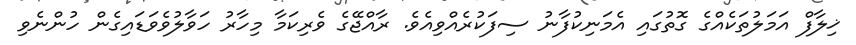
ޚިލާފް އަމަލުތަކެއްގެ ގޮތުގައި އެމަނިކުފާނު ސިފަކުރެއްވިއެވެ. ރާއްޖޭގެ ވެރިކަމާ މިހާރު ހަވާލުވެވަޑައިގެން ހުންނެވި